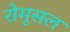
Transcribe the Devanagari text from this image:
रोमुसल